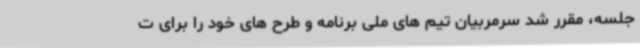
جلسه، مقرر شد سرمربیان تیم های ملی برنامه و طرح های خود را برای ت